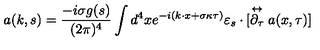
a ( k , s ) = \frac { - i \sigma g ( s ) } { ( 2 \pi ) ^ { 4 } } \int d ^ { 4 } x e ^ { - i ( k \cdot x + \sigma \kappa \tau ) } \varepsilon _ { s } \cdot [ \stackrel { \leftrightarrow } { \partial _ { \tau } } a ( x , \tau ) ]